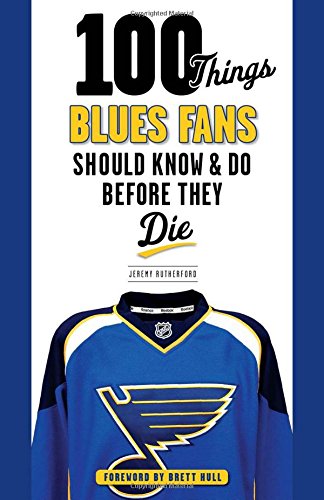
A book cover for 100 Things Blues Fans Should Know & Do Before They Die (100 Things...Fans Should Know); Jeremy Rutherford; Sports & Outdoors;